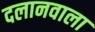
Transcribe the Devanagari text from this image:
दलानवाला